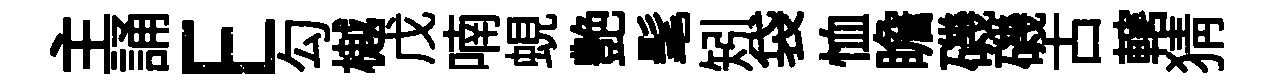
主誦E勾樾戊喃蜆艶髦矧袋恤瞻磯磯古轄猜